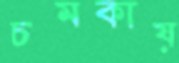
চমকায়